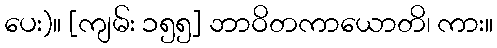
ပေး)။ [ကျမ်း ၁၅၅] ဘာဝိတကာယောတိ၊ ကား။